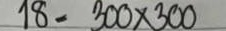
18 = 300 x 300